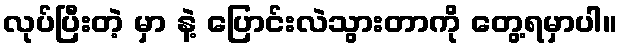
လုပ်ပြီးတဲ့ မှာ နဲ့ ပြောင်းလဲသွားတာကို တွေ့ရမှာပါ။